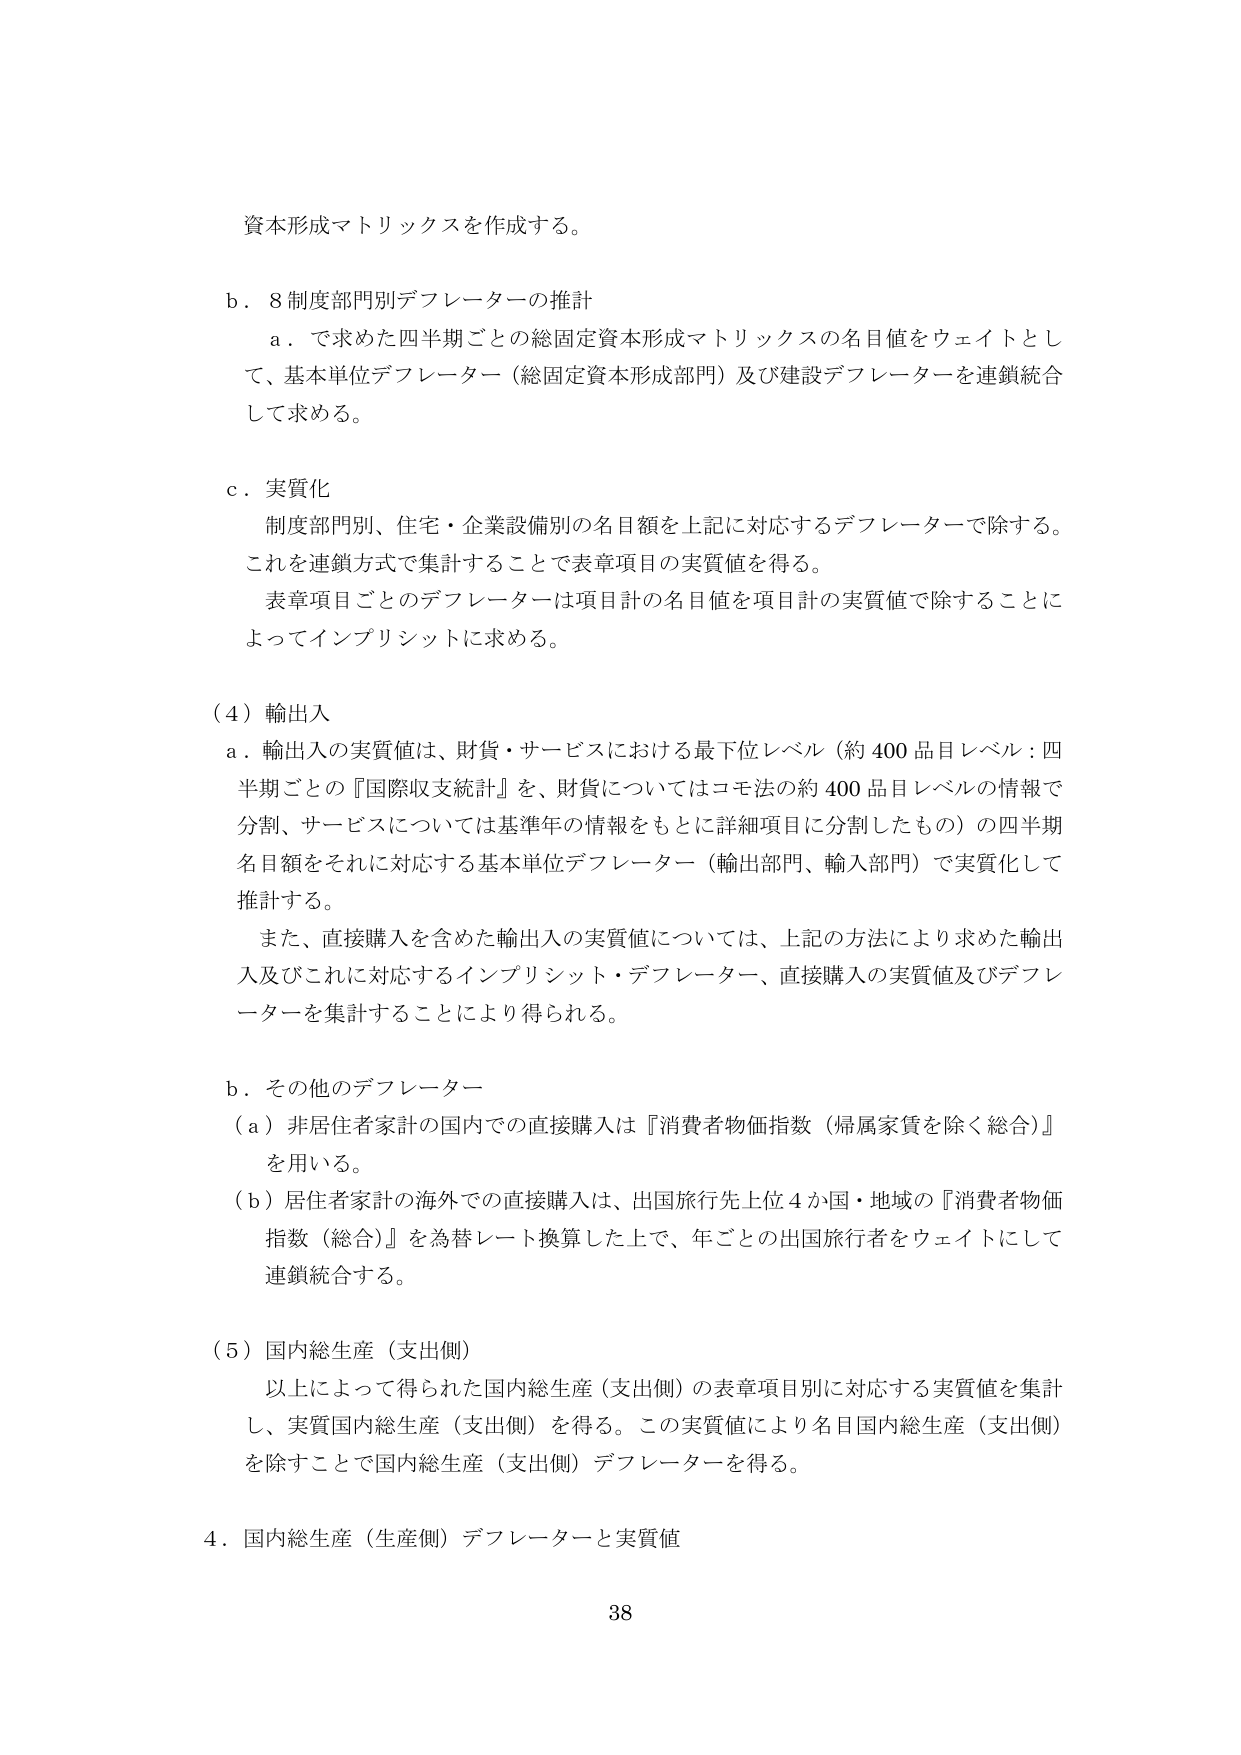
資本形成マトリックスを作成する。

b．8制度部門別デフレーターの推計
　a．で求めた四半期ごとの総固定資本形成マトリックスの名目値をウェイトとして、基本単位デフレーター（総固定資本形成部門）及び建設デフレーターを連鎖統合して求める。

c．実質化
　制度部門別、住宅・企業設備別の名目額を上記に対応するデフレーターで除する。これを連鎖方式で集計することで表章項目の実質値を得る。
　表章項目ごとのデフレーターは項目計の名目値を項目計の実質値で除することによってインプリシットに求める。

（4）輸出入
　a．輸出入の実質値は、財貨・サービスにおける最下位レベル（約400品目レベル：四半期ごとの『国際収支統計』を、財貨についてはコモ法の約400品目レベルの情報で分割、サービスについては基準年の情報をもとに詳細項目に分割したもの）の四半期名目額をそれに対応する基本単位デフレーター（輸出部門、輸入部門）で実質化して推計する。
　　また、直接購入を含めた輸出入の実質値については、上記の方法により求めた輸出入及びこれに対応するインプリシット・デフレーター、直接購入の実質値及びデフレーターを集計することにより得られる。

b．その他のデフレーター
　（a）非居住者家計の国内での直接購入は『消費者物価指数（帰属家賃を除く総合）』を用いる。
　（b）居住者家計の海外での直接購入は、出国旅行先上位4か国・地域の『消費者物価指数（総合）』を為替レート換算した上で、年ごとの出国旅行者をウェイトにして連鎖統合する。

（5）国内総生産（支出側）
　以上によって得られた国内総生産（支出側）の表章項目別に対応する実質値を集計し、実質国内総生産（支出側）を得る。この実質値により名目国内総生産（支出側）を除すことで国内総生産（支出側）デフレーターを得る。

4．国内総生産（生産側）デフレーターと実質値

38